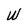
Character: W